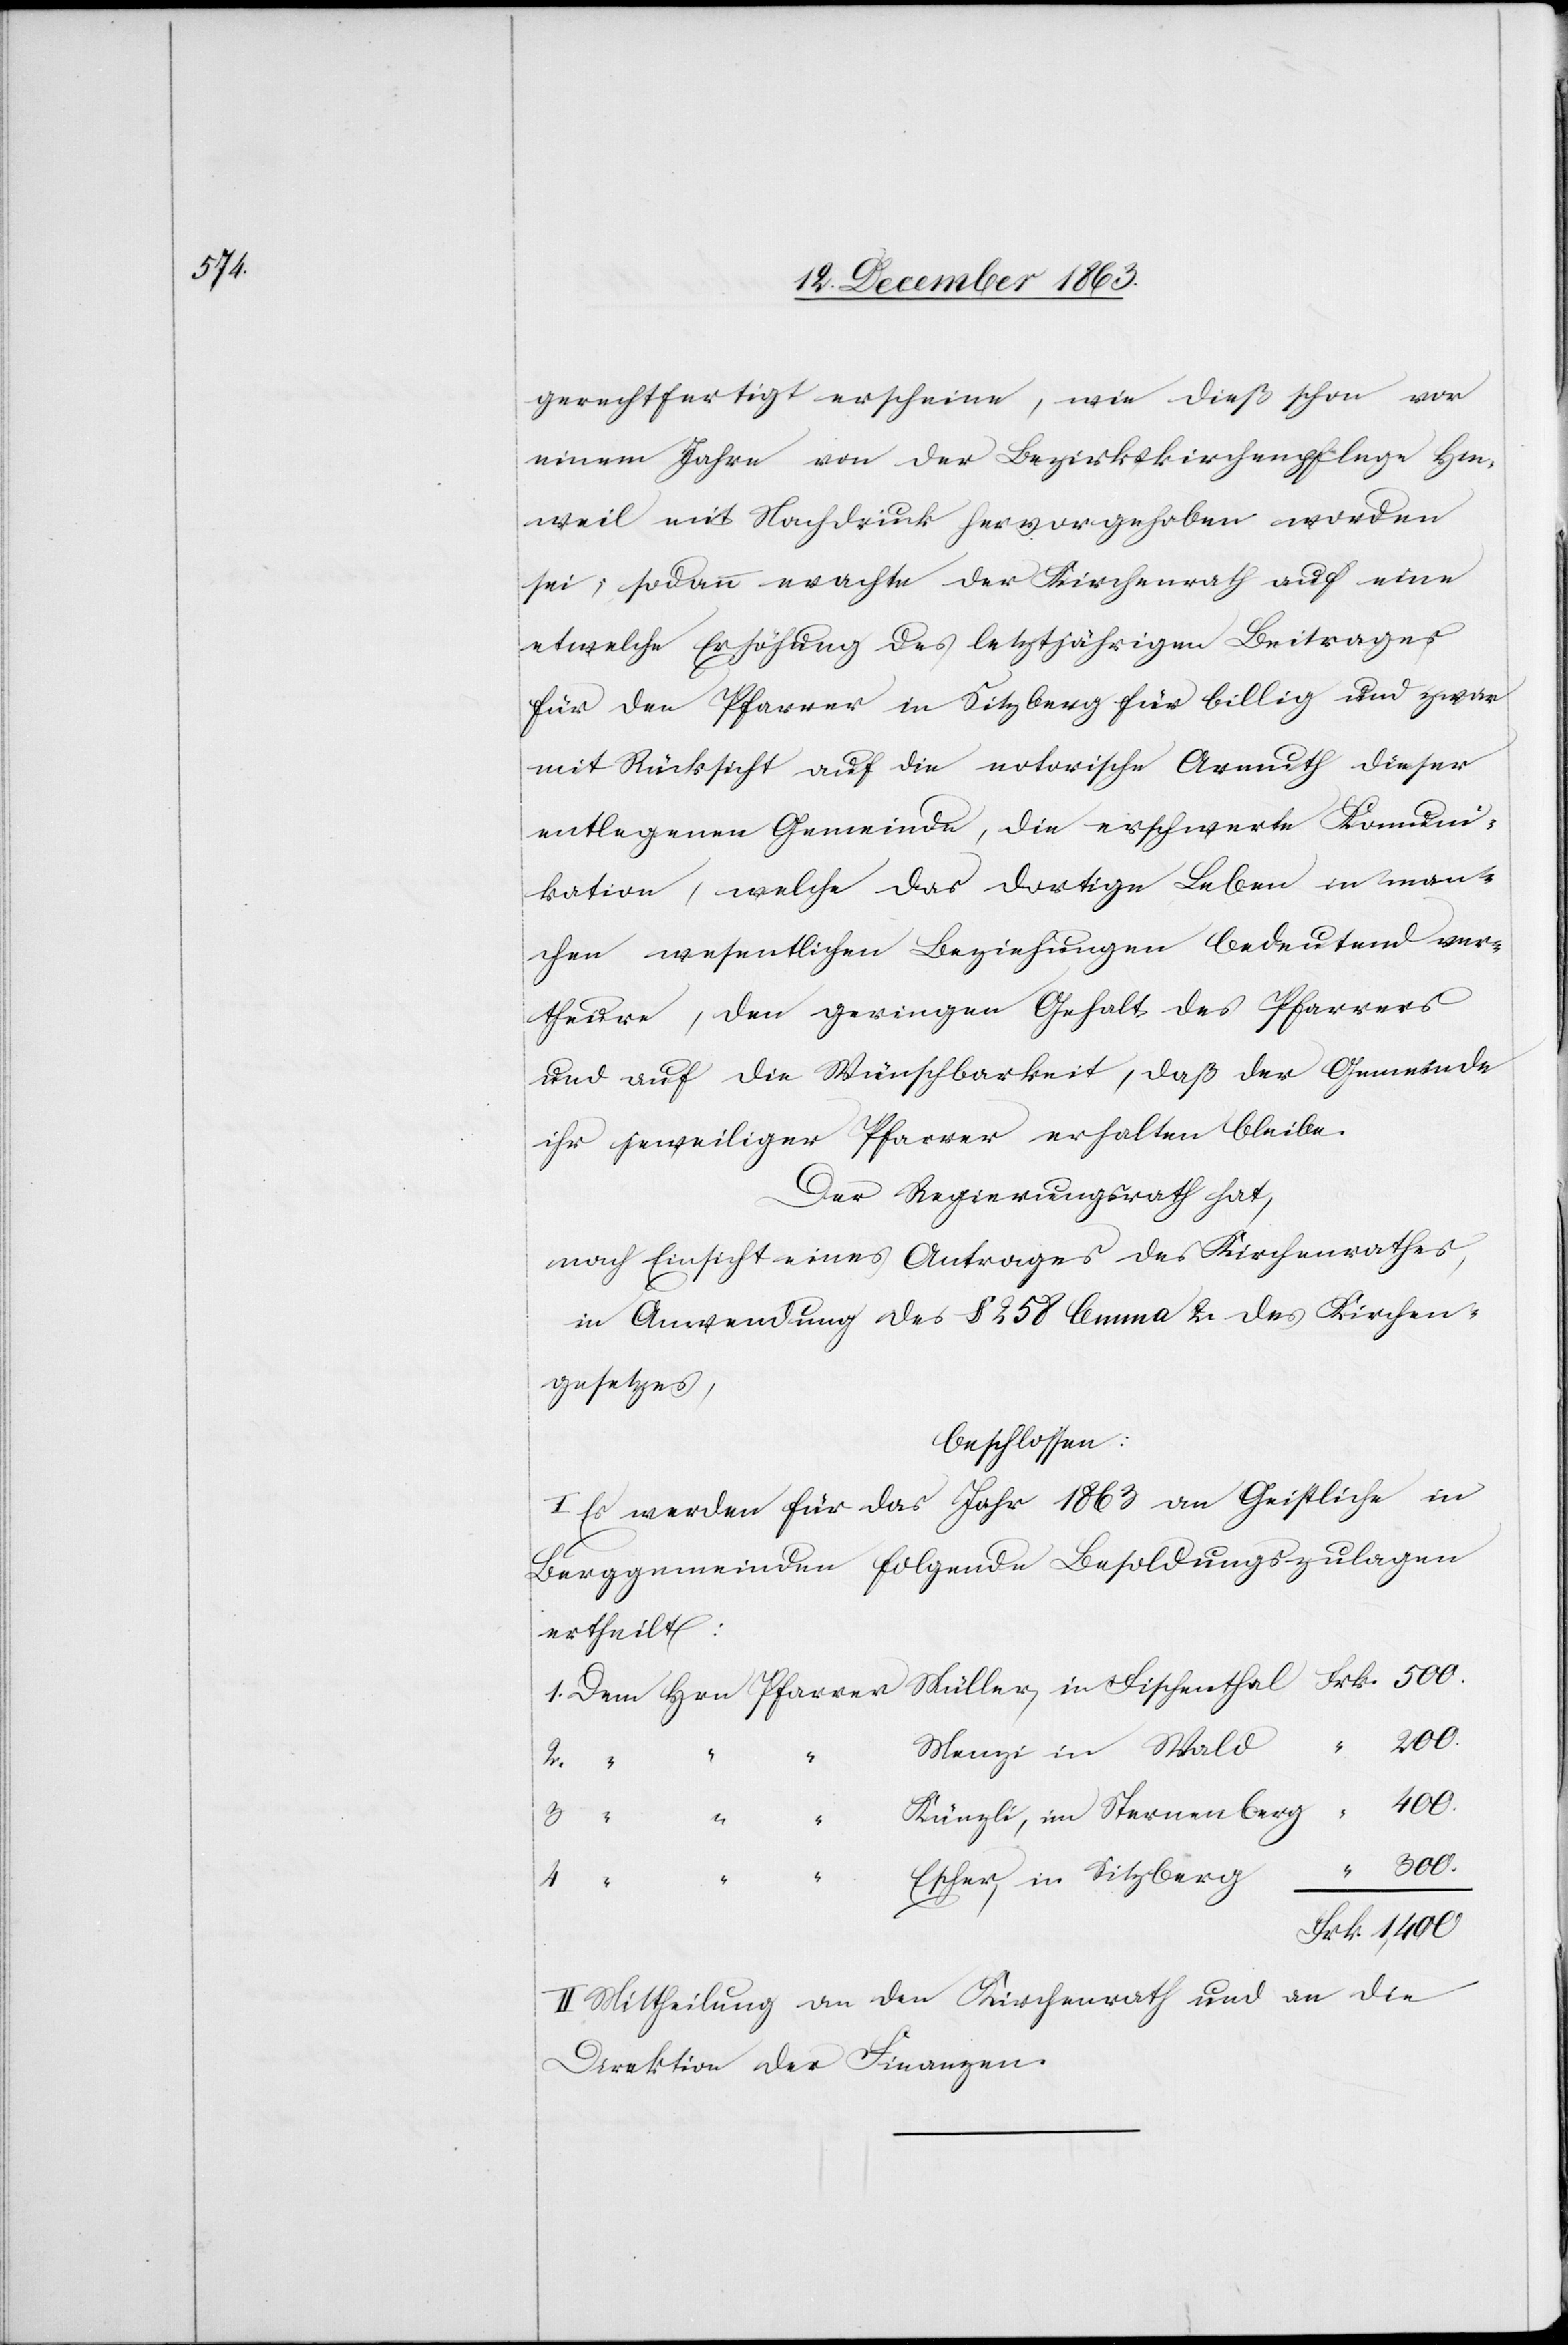
gerechtfertigt erscheine, wie dieß schon vor
einem Jahre von der Bezirkskirchenpflege Hin¬
weil mit Nachdruck hervorgehoben worden
sei; sodann erachte der Kirchenrath auf eine
etwelche Erhöhung des letztjährigen Beitrages
für den Pfarrer in Sitzberg für billig und zwar
mit Rücksicht auf die notorische Armuth dieser
entlegenen Gemeinde, die erschwerte Komuni¬
kation, welche das dortige Leben in man¬
chen wesentlichen Beziehungen bedeutend ver¬
theure, den geringen Gehalt des Pfarrers
und auf die Wünschbarkeit, daß der Gemeinde
ihr jeweiliger Pfarrer erhalten bleibe.
Der Regierungsrath hat,
nach Einsicht eines Antrages des Kirchenrathes,
in Anwendung des § 258 lemma 2 des Kirchen¬
gesetzes,
beschlossen:
Es werde für das Jahr 1863 an Geistliche in
Berggemeinden folgende Besoldungszulagen
ertheilt:
1,400.
Menzi in Wald
in Sitzberg
2.
3.
4.
II. Mittheilung an den Kirchenrath und an die
Direktion der Finanzen.